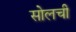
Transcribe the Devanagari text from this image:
सोलची